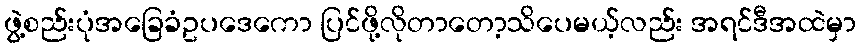
ဖွဲ့စည်းပုံအခြေခံဥပဒေကော ပြင်ဖို့လိုတာတော့သိပေမယ့်လည်း အရင်ဒီအထဲမှာ